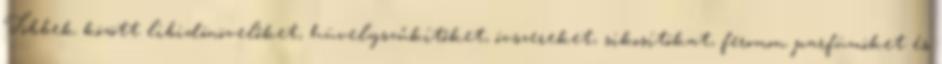
Többek között libidónövelőket, hüvelyszűkítőket, óvszereket, sikosítókat, feromon parfümöket és